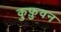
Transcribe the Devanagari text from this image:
कुफ़ुवन